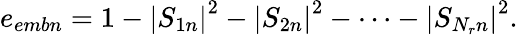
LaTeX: e_{embn}=1-\left|S_{1n}\right|^{2}-\left|S_{2n}\right|^{2}-\cdots-\left|S_{N_{r}n}\right|^{2}.